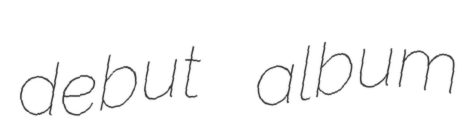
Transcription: debut album